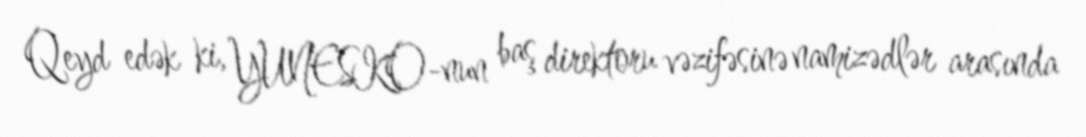
Qeyd edək ki, YUNESKO-nun baş direktoru vəzifəsinə namizədlər arasında